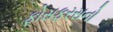
ફોસફરસનો